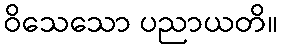
ဝိသေသော ပညာယတိ။